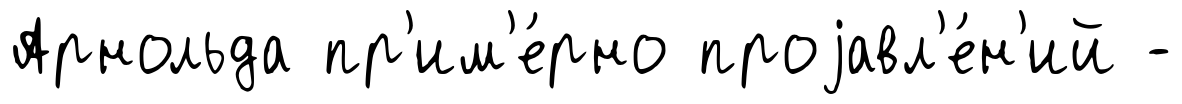
Арнольда пр'им'е́рно проjавл'е́н'ий -